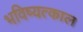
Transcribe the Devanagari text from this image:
भविष्यत्काल